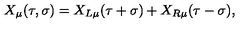
X _ { \mu } ( \tau , \sigma ) = X _ { L \mu } ( \tau + \sigma ) + X _ { R \mu } ( \tau - \sigma ) ,